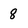
Character: 8